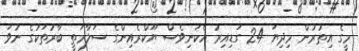
މީގެ އިތުރުން މިދިޔަ 24 ގަޑިއިރު އެކަނިވެސް ޔޫކްރެއިންގެ ސަލާމަތީ ބާރުތަކުގެ ނުވަ